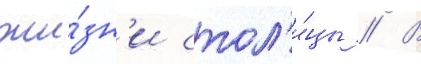
жи́зн'и стол'и́цы // В